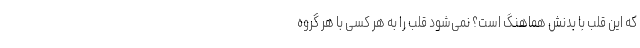
که این قلب با بدنش هماهنگ است؟ نمی‌شود قلب را به هر کسی با هر گروه